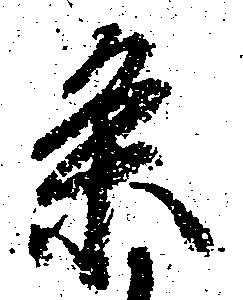
条